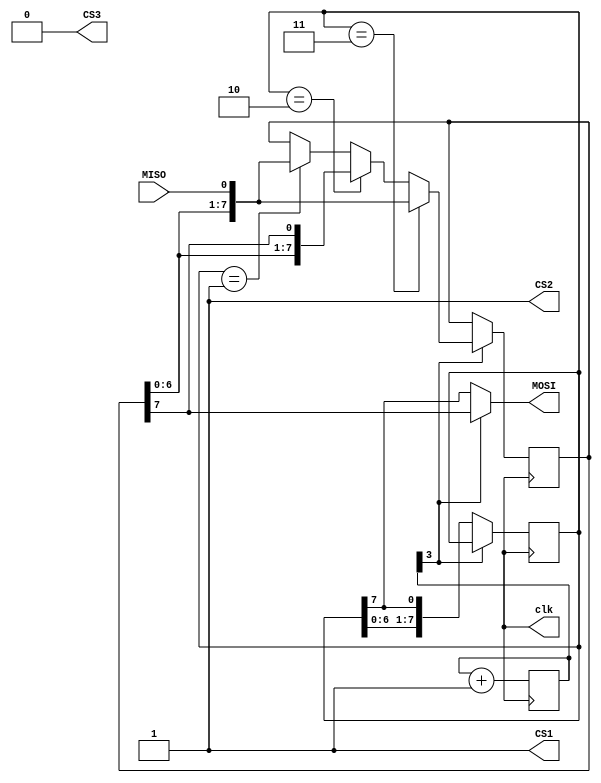
`timescale 1ns/100ps
//data flow:dataOut<-[1010001100010011]<-dataIn
module Master(
    input wire MISO,
    output reg clk, CS1, CS2, CS3,
    output wire MOSI
);
reg[7:0] memory;
reg[7:0] command;
reg[3:0] done;//to keep track of 8-bit communication(differ between commands and data)
initial begin
    memory=8'b01001101;
    command=8'b00000010;//write to slave1
    CS1=0;
    CS2=1;
    CS3=1;
    done=0;
    clk=0;
    #32
        if(memory==8'b01001101)
            $display("Pass maser test1");
        else
            $display("Fail maser test1");
    command=8'b00000001;//read from slave2
    CS1=1;
    CS2=0;
    CS3=1;
    #32
        if(memory==8'b11001000)
            $display("Pass maser test2");
        else
            $display("Fail maser test2");
    command=8'b00000011;//replace master memory with slave3 memory
    memory=8'b11100001;
    CS1=1;
    CS2=1;
    CS3=0;
    #32
        if(memory==8'b11001000)
            $display("Pass maser test3");
        else
            $display("Fail maser test3");
end
always
    #1 clk=~clk;
always @(posedge clk) begin
    if(!CS1||!CS2||!CS3) begin
        if(!done[3])
            command<={command[6:0],command[7]};
        else begin
            if(command==8'b00000001)//read slave's memory and put it in the mater memory
                memory<={memory[6:0],MISO};
            if(command==8'b00000010)//write slave's memory without changing master data
                memory<={memory[6:0],memory[7]};
            if(command==8'b00000011)//replace slave memory with master memory and master memory with slave memory at the same time (full duplex)
                memory<={memory[6:0],MISO};
        end
        done=done+1;//counter to triger the 8 cycles for 8-bit comunication
    end
    else begin
        memory<=memory;
    end
end
assign MOSI =done[3] ? memory[7]:command[7];
endmodule

module Slave(
    input wire CS, clk, SDI,
    output wire SDO
);
reg[7:0] memory;
reg[7:0] command;//read:00000001,write:00000010,replace:00000011
reg[3:0] done;//to keep track of 8-bit communication(differ between commands and data)
initial begin
    memory=8'b11001000;
    command=0;
    done=0;
    #32
    if(!CS) begin
        if(memory==8'b01001101)
            $display("Pass slaves test1");
        else
            $display("Fail slaves test1");
    end
    #32
    if(!CS) begin
        if(memory==8'b11001000)
            $display("Pass slaves test2");
        else
            $display("Fail slaves test2");
    end    
    #32
    if(!CS) begin
        if(memory==8'b11100001)
            $display("Pass slaves test3");
        else
            $display("Fail slaves test3");
    end
end
always @(posedge clk) begin
    if(!CS) begin
        if(!done[3])
            command<={command[6:0],SDI};
        else begin
            command<=command;
            if(command==8'b00000001)//read slave's memory and put it in the mater memory
                memory<={memory[6:0],memory[7]};
            if(command==8'b00000010)//write slave's memory without changing master data
                memory<={memory[6:0],SDI};
            if(command==8'b00000011)//replace slave memory with master memory and master memory with slave memory at the same time (full duplex)
                memory<={memory[6:0],SDI};
        end
        done=done+1;//counter to triger the 8 cycles for 8-bit comunication
    end        
    else begin
        memory<=memory;
    end
end
assign SDO=!CS ? memory[7] : 1'bZ;
endmodule

module MasterSlave();//Conections and Test Bench is integrated with modules (Run this for Test Bench)
wire clk, CS1, CS2, CS3, MOSI, MISO;
Master M(MISO,clk,CS1,CS2,CS3,MOSI);
Slave S1(CS1,clk,MOSI,MISO);
Slave S2(CS2,clk,MOSI,MISO);
Slave S3(CS3,clk,MOSI,MISO);
endmodule